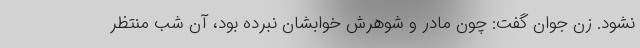
نشود. زن جوان گفت: چون مادر و شوهرش خوابشان نبرده بود، آن شب منتظر